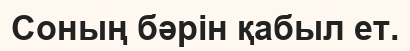
Соның бәрін қабыл ет.